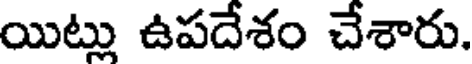
యిట్లు ఉపదేశం చేశారు.